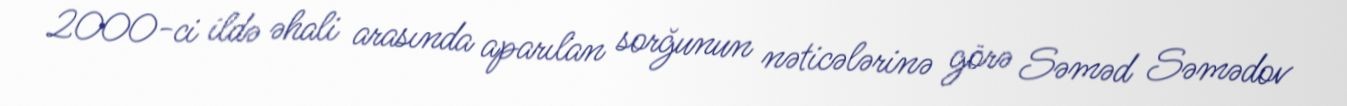
2000-ci ildə əhali arasında aparılan sorğunun nəticələrinə görə Səməd Səmədov